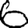
Digit: 6